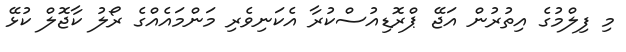
މި ފިލްމުގެ އިތުރުން އަޖޭ ޕްރޮޑިއުސްކުރާ އެކަނިވެރި މަންމައެއްގެ ރޯލު ކާޖޮލް ކުޅޭ